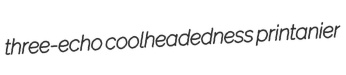
three-echo coolheadedness printanier